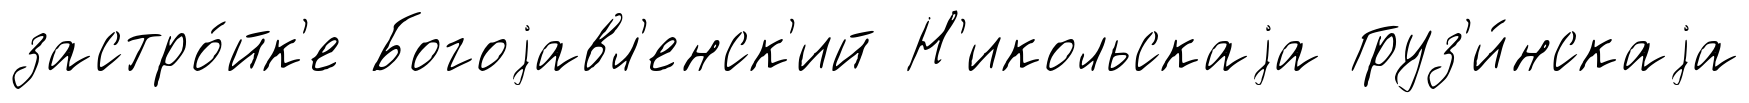
застро́йк'е Богоjавл'енск'ий Н'икольскаjа Груз'и́нскаjа